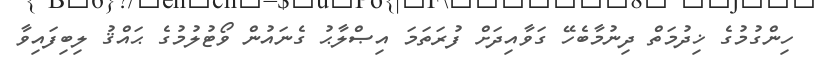
ހިންގުމުގެ ޚިދުމަތް ދިނުމާބެހޭ ގަވާއިދަށް ފުރަތަމަ އިޞްލާޙު ގެނައުން ވޯޓުލުމުގެ ޙައްޤު ލިބިފައިވާ